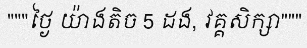
"""ថ្ងៃ យ៉ាងតិច 5 ដង, វគ្គសិក្សា"""